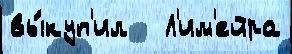
вы́куп'ил   Л'им'ейра